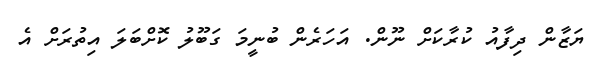
ޔަޒާން ދިފާއު ކުރާކަށް ނޫން. އަހަރެން ބުނީމަ ގަބޫލު ކޮށްބަލަ އިތުރަށް އެ